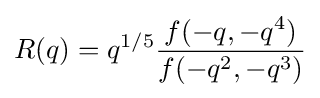
R(q)=q^{1/5}{\frac {f(-q,-q^{4})}{f(-q^{2},-q^{3})}}